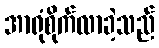
အာရုံစိုက်လာခဲ့သည်